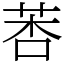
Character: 莕